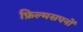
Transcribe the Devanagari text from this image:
फ़िल्मसपनों